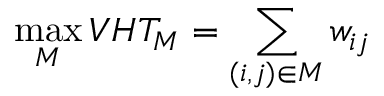
\operatorname* { m a x } _ { M } V H T _ { M } = \sum _ { ( i , j ) \in M } w _ { i j }